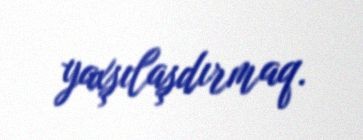
yaxşılaşdırmaq.